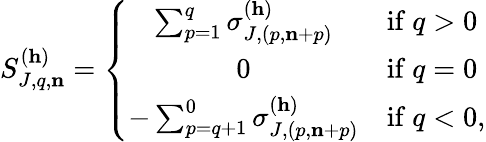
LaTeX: S_{J,q,\mathbf{n}}^{(\mathbf{h})}=\left\{ \begin{array}{cl}{\sum_{p=1}^{q}\sigma_{J,(p,\mathbf{n}+p)}^{(\mathbf{h})}}&{\mathrm{if~}q>0}\\ {0}&{\mathrm{if~}q=0}\\ {-\sum_{p=q+1}^{0}\sigma_{J,(p,\mathbf{n}+p)}^{(\mathbf{h})}}&{\mathrm{if~}q<0,}\end{array}\right.